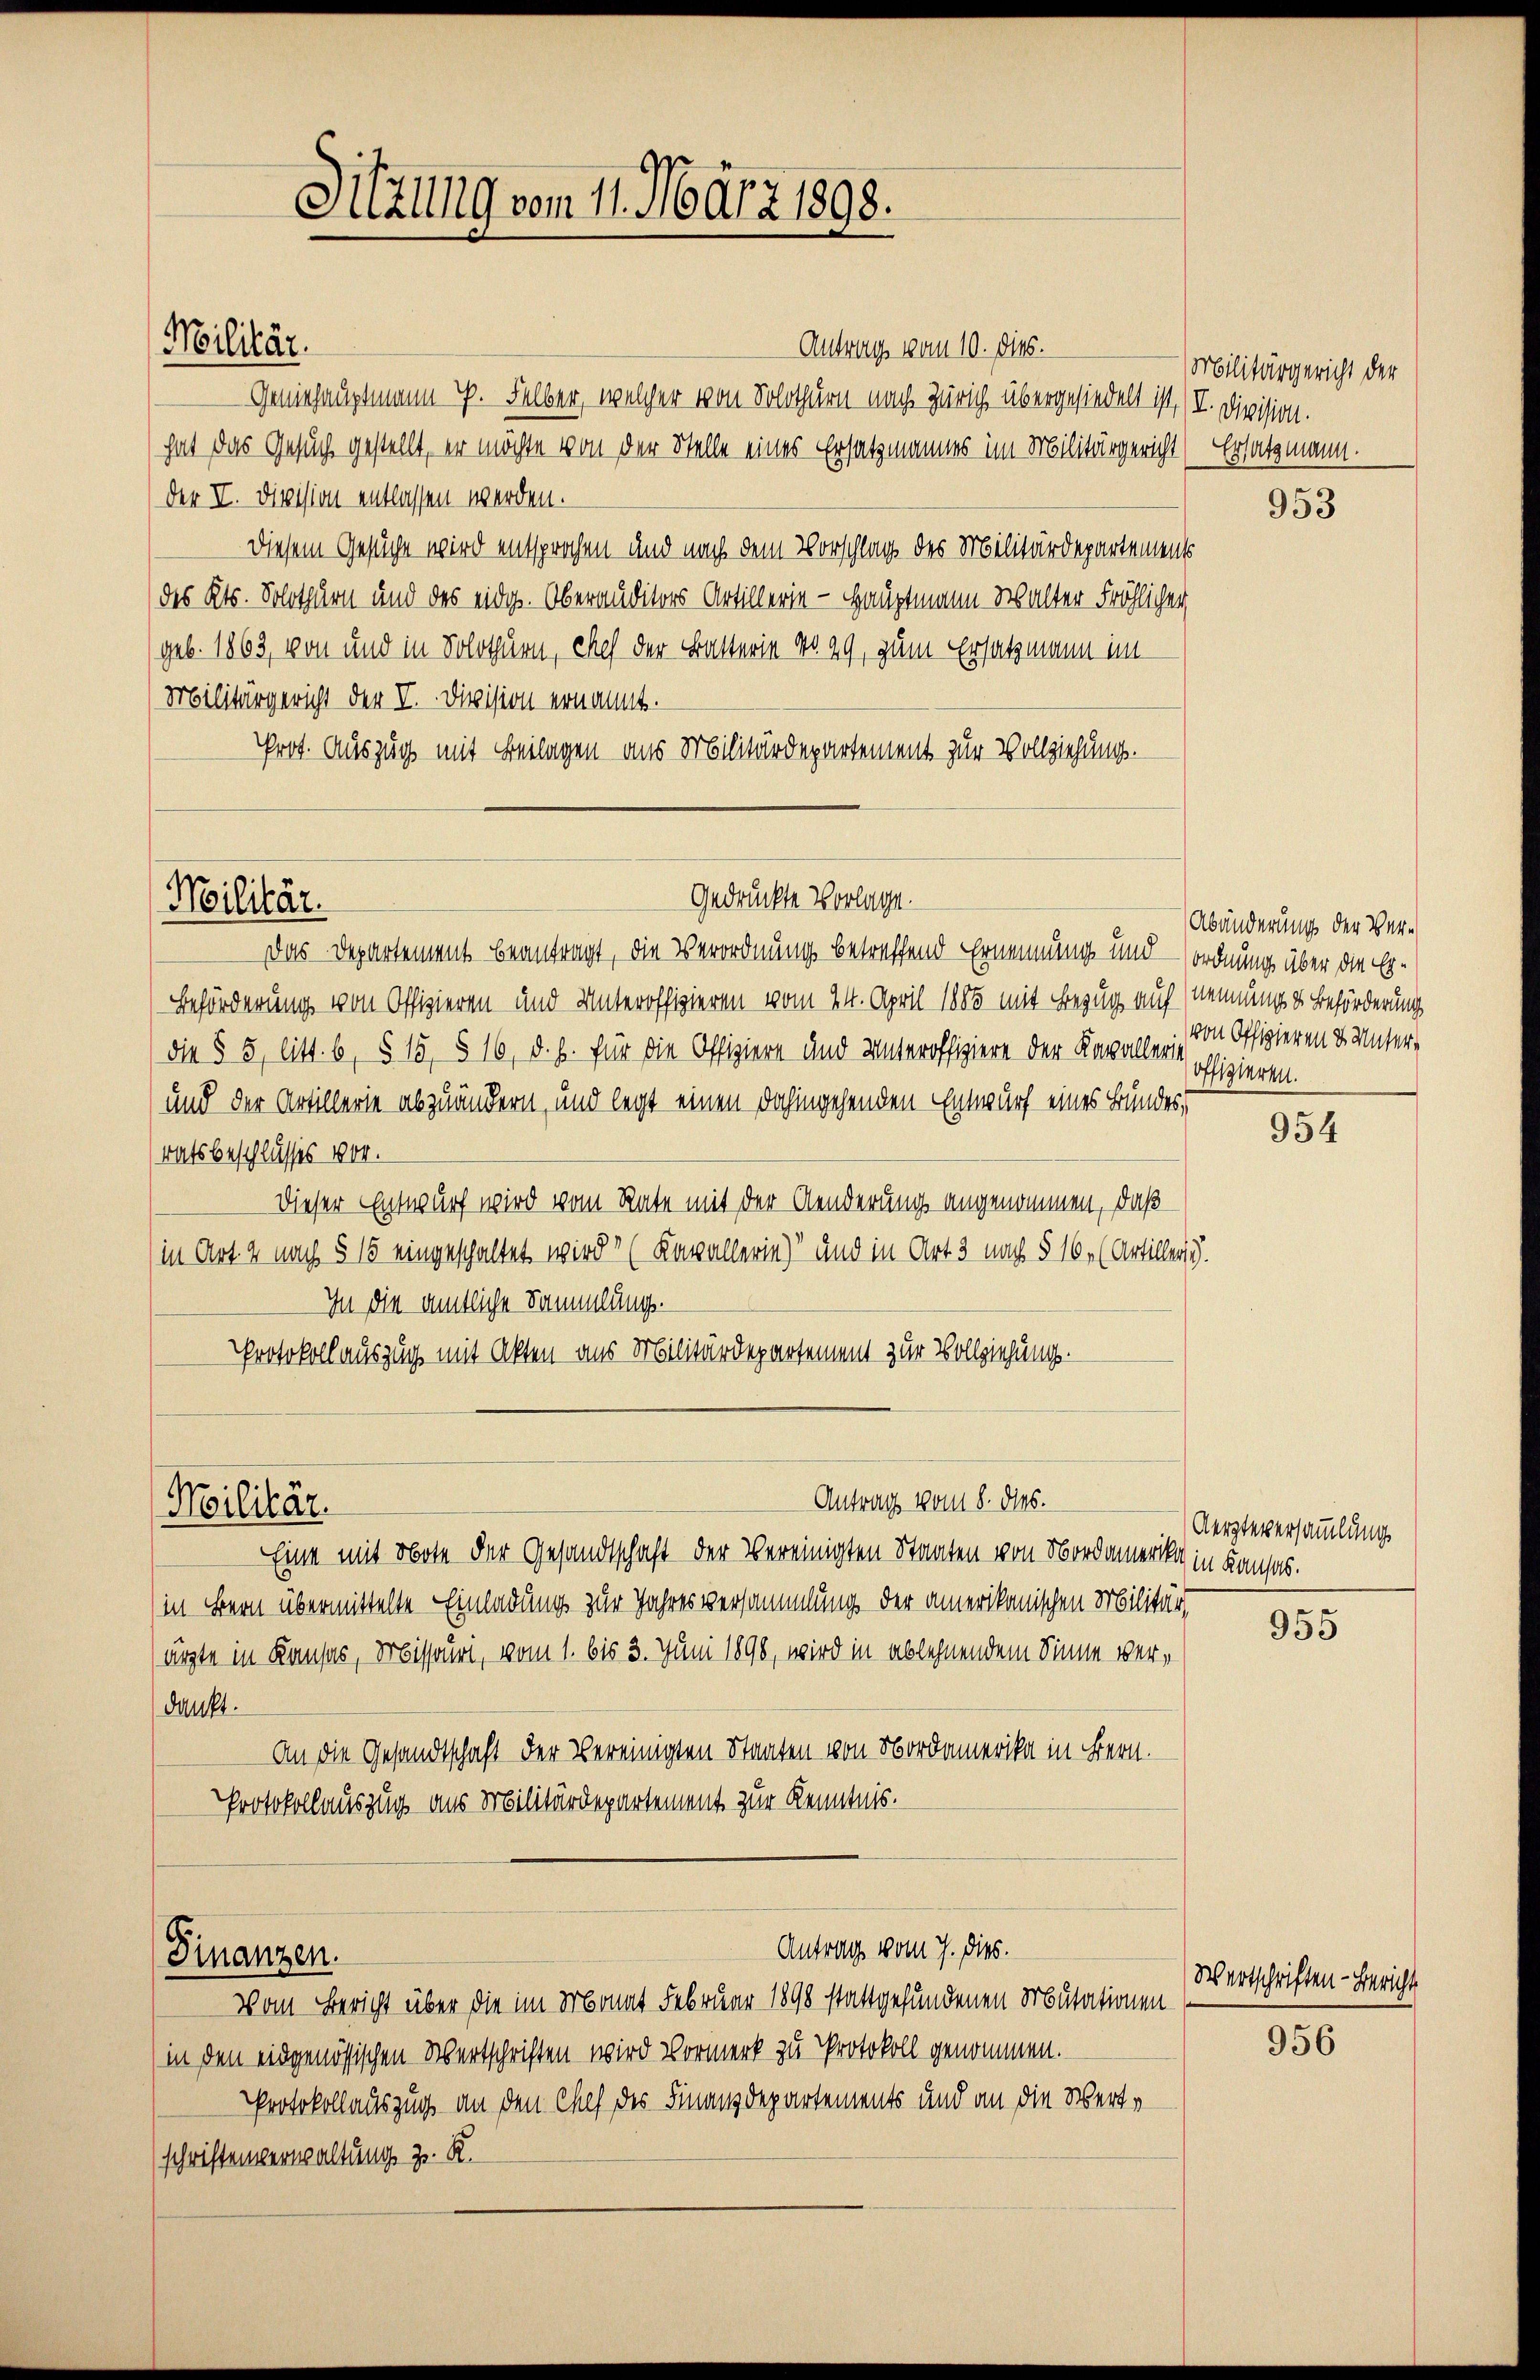
Antrag vom 10. dies.
Geniehauptmann ich. Felber, welcher von Solothurn nach Zürich übergesiedelt ist. I. Division.
hat das Gesuch gestellt, er möchte von der Stelle eines Ersatzmannes im Militärgericht Ersatzmannder I. Division entlassen werden.
Diesem Gesuche wird entsprochen und nach dem Vorschlag des Militärdepartemen
des Kts. Solothurn und das eidg. Oberauditors Artillerie - Hauptmann Walter Fröhlichen,
geb. 1863, von und in Solothurn, chef der Batterie No. 29, zum Ersatzmann im
Militärgericht der V. Division ernannt.
Prot. Auszug mit Beilagen aus Militärdepartement zur Vollziehung.

Militär.

Militär.

Das Departement beantragt, die Verordnung betreffend Ernennung und — ordnung über die Er¬
Beförderung von Offizieren und Unteroffizieren vom 24. April 1888 mit Bezug auf nennung der Beförderung
die § 5, litt. b, § 15, § 16, d. h. für die Offiziere und Unteroffiziere der Kavallerie
und der Artillerie abzuändern, und legt einen dahingehenden Entwurf eines Bundes,
ratsbeschlusses 1800.
Dieser Entwurf wird vom Rate mit der Aenderung angenommen, daß
in Art. 2 nach § 15 eingeschaltet wird? (Kavallerie) und in Art 3 nach § 16. (Artiller.
In die amtliche Sammlungs-
Protokoll auszug mit Akten aus Militärdepartement zur Vollziehung.

Militär.

Finanzen.

Sitzung vom 11. März 1898.

gedruckte Vorlage.

Eine mit Note der Gesandtschaft der Vereinigten Staaten von Nordamerika in Konses.
(in Bern übermittelte Einladung zur Jahresversammlung der amerikanischen Militär,
ärzte in Kausas, Missouri, vom 1. bis 3. Juni 1890, wird in ablehnendem Sinne verdankt.
An die Gesandtschaft der vereinigten Staaten von Nordamerika in Bern.
Protokollauszug aus Militärdepartement zur Kenntnis.

Antrag vom 8. dies.

Antrag vom 7. dies.

Vom Bericht über die im Monat Februar 1898 stattgefundenen Mutationen
(in den eidgenössischen Wertschriften wird Vormerk zu Protokoll genommen.
PProtokollauszug an den Chef des Finanzdepartements und an die Werte
schriftenverwaltung z. R.

Militärgericht der

953

Abänderung der Vervon Offizieren d. Unser-
offlglern.

954

Aerzteversammlung

955

Wertschriften - Bericht

956